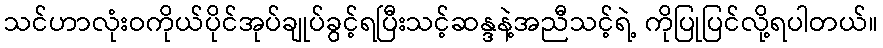
သင်ဟာလုံးဝကိုယ်ပိုင်အုပ်ချုပ်ခွင့်ရပြီးသင့်ဆန္ဒနဲ့အညီသင့်ရဲ့ ကိုပြုပြင်လို့ရပါတယ်။